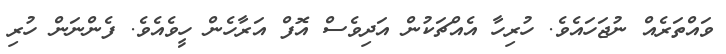
ވައްތަރެއް ނުޖަހައެވެ. ހުރިހާ އެއްޗަކުން އަދިވެސް އޮފް އަރާހެން ހީވެއެވެ. ފެންނަން ހުރި